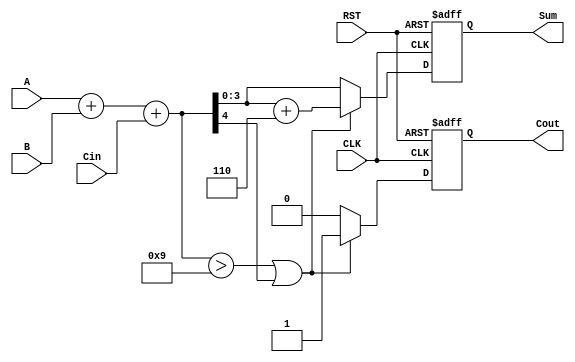
module BCD_Synchronous_Adder (
    input  wire [3:0] A,      // First BCD digit
    input  wire [3:0] B,      // Second BCD digit
    input  wire Cin,           // Carry input
    input  wire CLK,           // Clock signal
    input  wire RST,           // Reset signal
    output reg  [3:0] Sum,     // BCD sum output
    output reg  Cout           // Carry output
);

    reg [4:0] binary_sum;      // 5-bit to hold binary sum (A + B + Cin)

    always @(posedge CLK or posedge RST) begin
        if (RST) begin
            Sum <= 4'b0000;     // Reset output sum to 0
            Cout <= 1'b0;       // Reset carry-out to 0
        end else begin
            // Step 1: Compute the binary sum
            binary_sum = A + B + Cin;

            // Step 2: BCD Correction if necessary
            if (binary_sum > 5'b01001 || binary_sum[4] == 1'b1) begin
                binary_sum = binary_sum + 5'b00110; // Add 6 in binary
                Cout <= 1'b1; // Set carry-out if correction applied
            end else begin
                Cout <= 1'b0; // No carry-out if no correction
            end

            // Step 3: Assign the final BCD sum
            Sum <= binary_sum[3:0]; // Take lower 4 bits for the BCD sum
        end
    end

endmodule